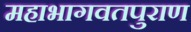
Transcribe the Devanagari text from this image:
महाभागवतपुराण